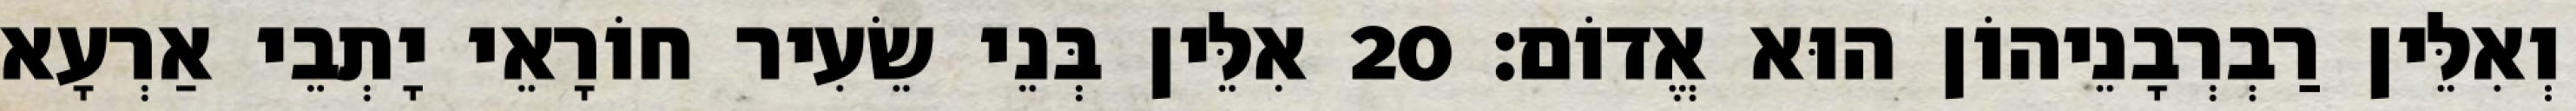
וְאִלֵּין רַבְרְבָנֵיהוֹן הוּא אֱדוֹם׃ 20 אִלֵּין בְּנֵי שֵׂעִיר חוֹרָאֵי יָתְבֵי אַרְעָא